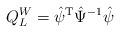
LaTeX: \begin{align*}Q_{L}^{W}=\hat{\psi}^{\mathrm{T}}\hat \Psi^{-1}\hat\psi\end{align*}